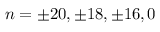
n = \pm 2 0 , \pm 1 8 , \pm 1 6 , 0